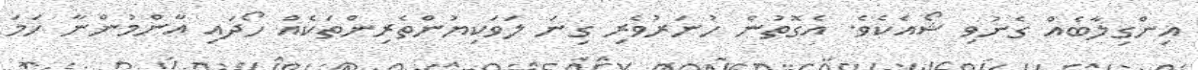
އިންގިލާބެއް ގެނުވި ޝޯއެކެވެ. އެގޮތުން ހުނަރުވެރި ގިނަ ލަވަކިޔުންތެރިންތަކެއް ހޯދައި އާންމުންނާ ހަމަ